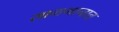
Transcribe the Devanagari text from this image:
सामगानात